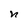
Character: n